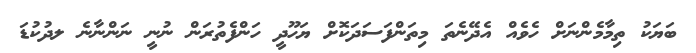
ބަޔަކު ތިމާމެންނަށް ހެވެއް އެދޭނެތަ މިތަންފަސަދަކޮށް ޔަހޫދީ ހަންފެތުރަން ނުނީ ނަންނާނެ ލދުކުޑަ